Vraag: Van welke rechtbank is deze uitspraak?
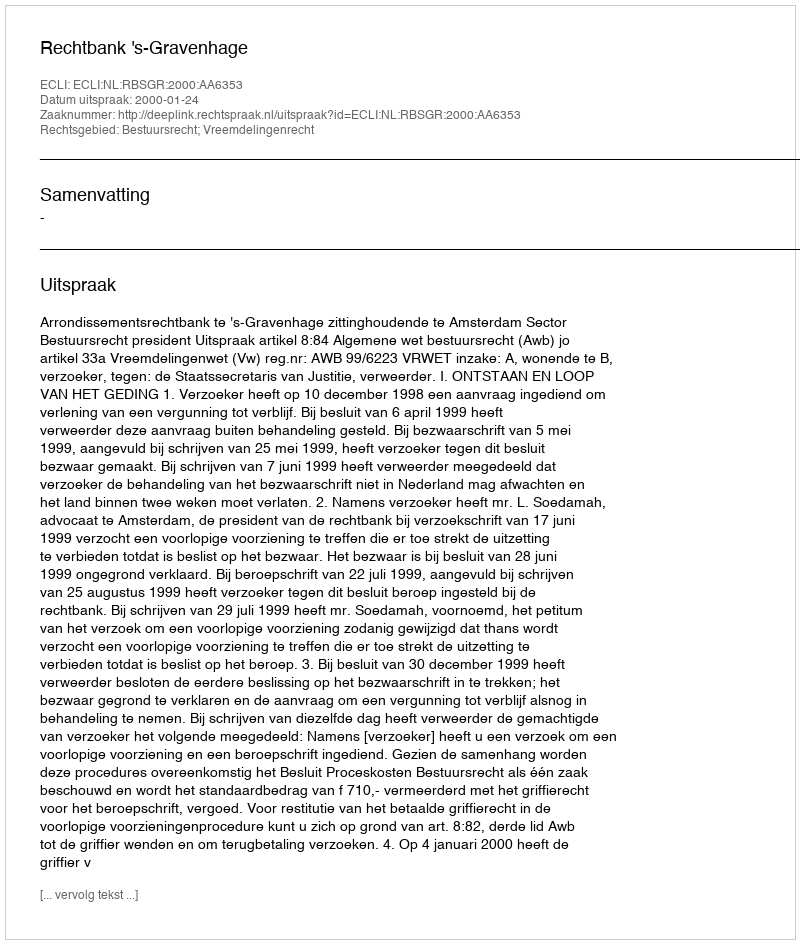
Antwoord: Rechtbank 's-Gravenhage